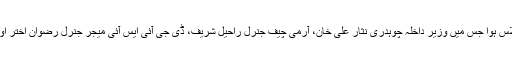
ذرائع کے مطابق وزیراعظم محمد نواز شریف کی زیر صدارت اعلیٰ سطح کا اجلاس ہوا جس میں وزیر داخلہ چوہدری نثار علی خان، آرمی چیف جنرل راحیل شریف، ڈی جی آئی ایس آئی میجر جنرل رضوان اختر اور وزیراعظم کے مشیر برائے قومی سلامتی امور ناصر جنجوعہ نے شرکت کی۔